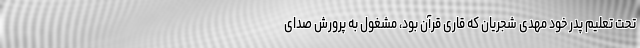
تحت تعلیم پدر خود مهدی شجریان که قاری قرآن بود، مشغول به پرورش صدای